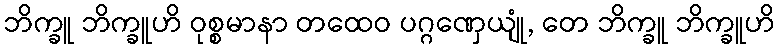
ဘိက္ခူ ဘိက္ခူဟိ ဝုစ္စမာနာ တထေဝ ပဂ္ဂဏှေယျုံ, တေ ဘိက္ခူ ဘိက္ခူဟိ